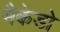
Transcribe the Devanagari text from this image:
मैकेडो